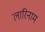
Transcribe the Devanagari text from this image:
लारिनाम